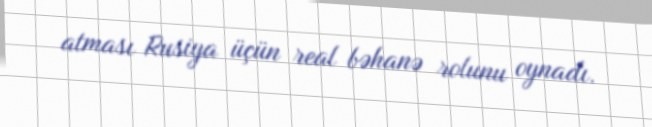
atması Rusiya üçün real bəhanə rolunu oynadı.